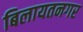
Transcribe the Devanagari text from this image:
बिलायतनगर